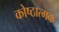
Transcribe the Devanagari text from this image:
कोष्ठात्मक